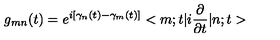
g _ { m n } ( t ) = e ^ { i [ \gamma _ { n } ( t ) - \gamma _ { m } ( t ) ] } < m ; t | i \frac { \partial } { \partial t } | n ; t >